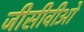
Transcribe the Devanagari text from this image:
जीसीवीओ